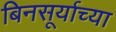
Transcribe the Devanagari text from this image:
बिनसूर्याच्या